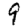
Digit: 9